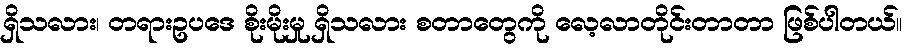
ရှိသလား၊ တရားဥပဒေ စိုးမိုးမှု ရှိသလား စတာတွေကို လေ့လာတိုင်းတာတာ ဖြစ်ပါတယ်။